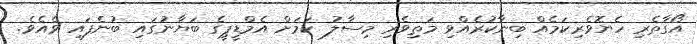
އޯގާތެރި ހެޔޮވެރިކަމެއް ބިނާކުރެއްވި މަތިވެރި މިސާލު ކަމަށް އެމްޑީޕީގެ ބަޔާނުގައި ބުނެފައި ވެއެވެ.